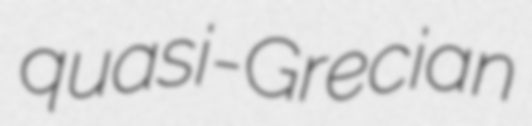
quasi-Grecian